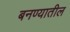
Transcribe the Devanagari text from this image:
बनण्यातील